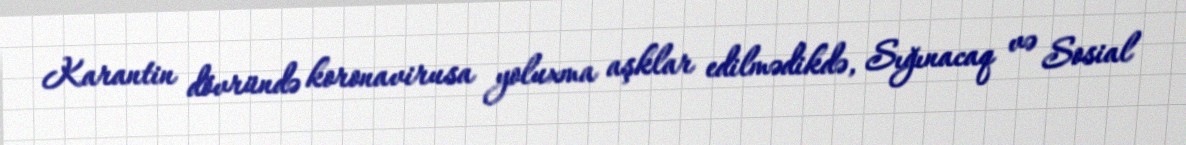
Karantin dövründə koronavirusa yoluxma aşklar edilmədikdə, Sığınacaq və Sosial